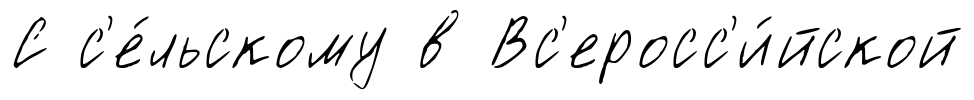
С с'е́льскому в Вс'еросс'и́йской